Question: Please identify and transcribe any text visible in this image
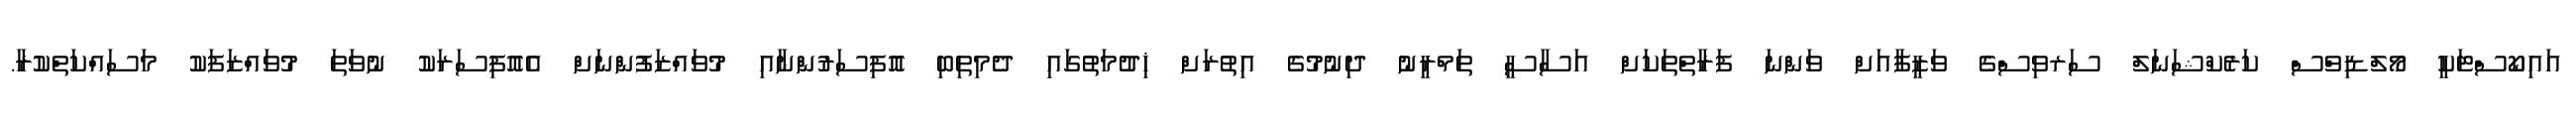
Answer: އައިކޯސްޓަކީ މޯލްޑިވްސް ކަރެކްޝަނަލް ސަރވިސްގެ ވަޒީފާއަށް ވަންނަ ފަރާތްތަކަށް އަސާސީ ތަމްރީނު ދިނުމުގެ އިތުރަށް ޚިދުމަތުގައި ދެމިތިބި އޮފިސަރުންނާއި މުވައްޒަފުންނަށް އެއޮފިސަރަކު ނުވަތަ މުވައްޒަފަކު މަސައްކަތްކުރާ.